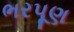
ભરપૂણ